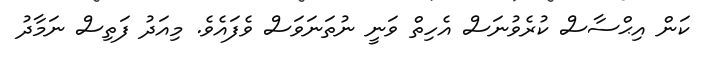
ކަން އިޙްސާސް ކުރެވުނަސް އެހިތް ވަނީ ނުތަނަވަސް ވެފައެވެ. މިއަދު ފަތިސް ނަމާދު